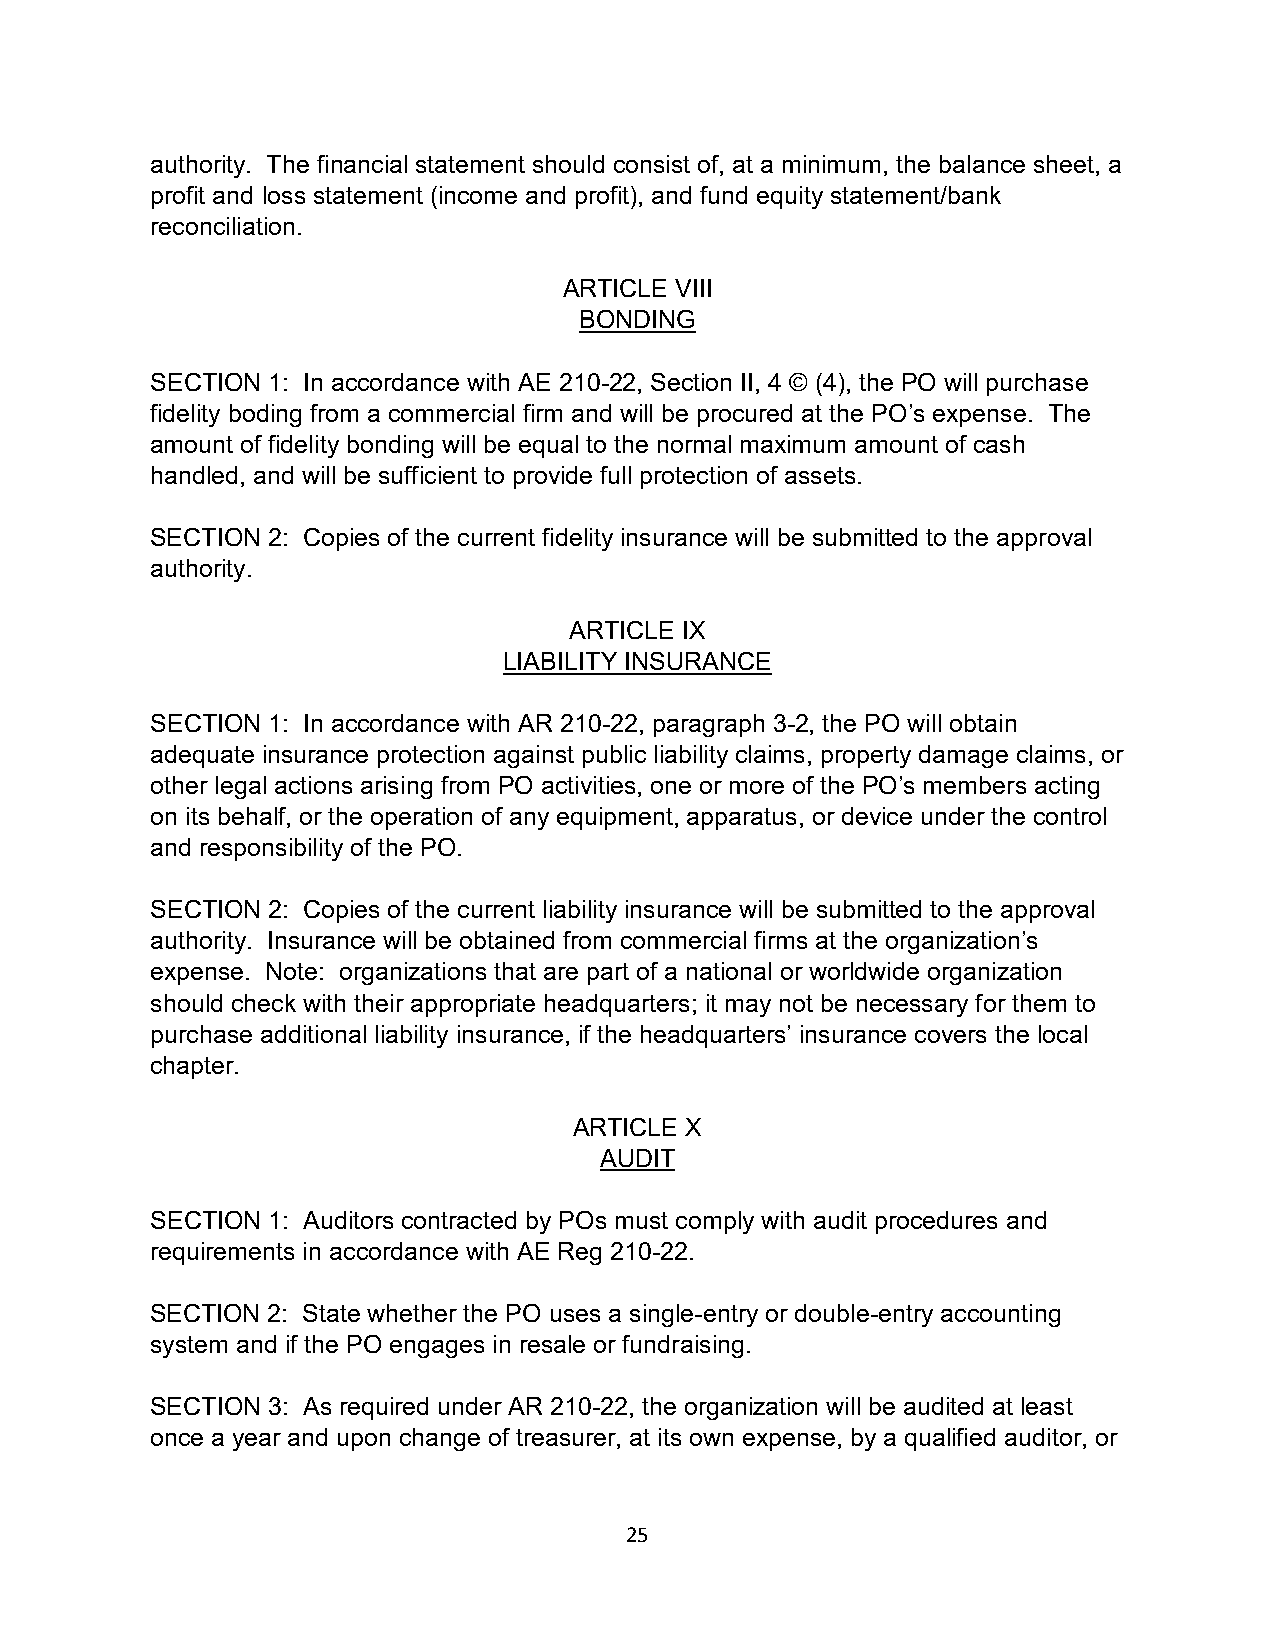
authority. The financial statement should consist of, at a minimum, the balance sheet, a
 profit and loss statement (income and profit), and fund equity statement/bank
 reconciliation.
 ARTICLE VIII
 BONDING
 SECTION 1: In accordance with AE 210-22, Section II, 4 © (4), the PO will purchase
 fidelity boding from a commercial firm and will be procured at the PO’s expense. The
 amount of fidelity bonding will be equal to the normal maximum amount of cash
 handled, and will be sufficient to provide full protection of assets.
 SECTION 2: Copies of the current fidelity insurance will be submitted to the approval
 authority.
 ARTICLE IX
 LIABILITY INSURANCE
 SECTION 1: In accordance with AR 210-22, paragraph 3-2, the PO will obtain
 adequate insurance protection against public liability claims, property damage claims, or
 other legal actions arising from PO activities, one or more of the PO’s members acting
 on its behalf, or the operation of any equipment, apparatus, or device under the control
 and responsibility of the PO.
 SECTION 2: Copies of the current liability insurance will be submitted to the approval
 authority. Insurance will be obtained from commercial firms at the organization’s
 expense. Note: organizations that are part of a national or worldwide organization
 should check with their appropriate headquarters; it may not be necessary for them to
 purchase additional liability insurance, if the headquarters’ insurance covers the local
 chapter.
 ARTICLE X
 AUDIT
 SECTION 1: Auditors contracted by POs must comply with audit procedures and
 requirements in accordance with AE Reg 210-22.
 SECTION 2: State whether the PO uses a single-entry or double-entry accounting
 system and if the PO engages in resale or fundraising.
 SECTION 3: As required under AR 210-22, the organization will be audited at least
 once a year and upon change of treasurer, at its own expense, by a qualified auditor, or
 25